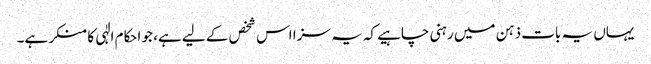
یہاں یہ بات ذہن میں رہنی چاہیے کہ یہ سزا اس شخص کے لیے ہے، جو احکام الٰہی کا منکر ہے۔